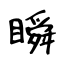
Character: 瞬